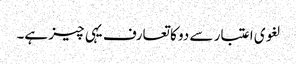
لغوی اعتبار سے دو کا تعارف یہی چیز ہے۔